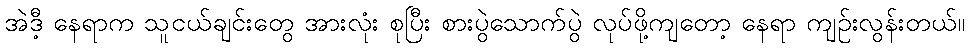
အဲဒီ့ နေရာက သူငယ်ချင်းတွေ အားလုံး စုပြီး စားပွဲသောက်ပွဲ လုပ်ဖို့ကျတော့ နေရာ ကျဉ်းလွန်းတယ်။